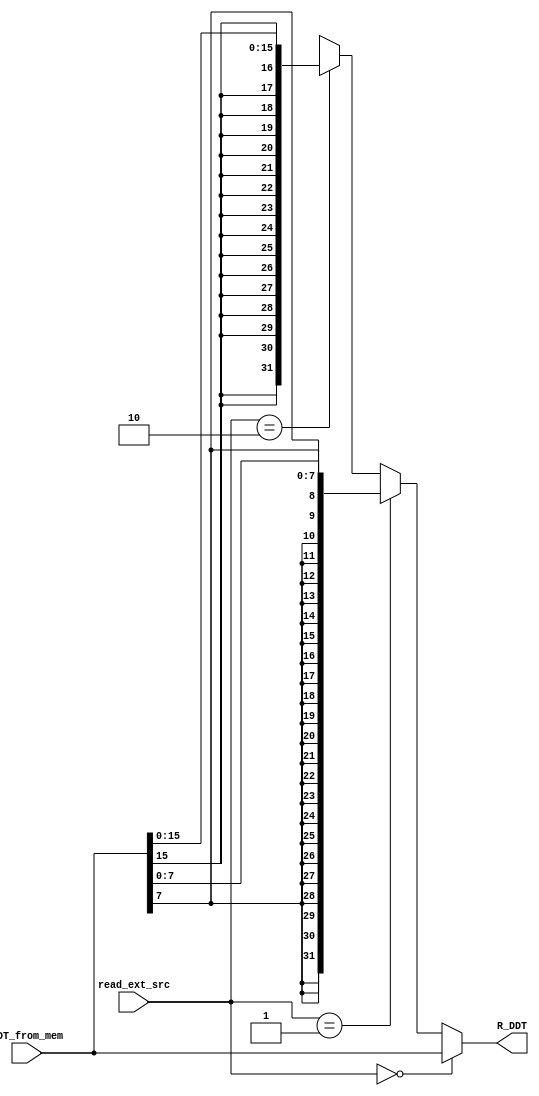
module sgn_extend (
    input wire [31:0] DDT_from_mem,
    input wire [1:0] read_ext_src,
    
    output wire [31:0] R_DDT
);

    function [31:0] sgn_extender(
        input [31:0] DDT_from_mem,
        input [1:0] read_ext_src
    );
        begin
            if (read_ext_src == 2'b00 ) begin
                sgn_extender = DDT_from_mem;
            end
            else if(read_ext_src == 2'b01  )begin //lb
                sgn_extender = { {24{DDT_from_mem[7]}}, DDT_from_mem[7:0] };
            end
            else if(read_ext_src == 2'b10  )begin //lh
                sgn_extender = { {16{DDT_from_mem[15]}}, DDT_from_mem[15:0] };
            end
            else begin 
                sgn_extender = 32'bx;
            end
        end
    endfunction

    assign R_DDT = sgn_extender(DDT_from_mem, read_ext_src);

endmodule